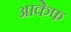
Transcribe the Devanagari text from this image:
आकेफ